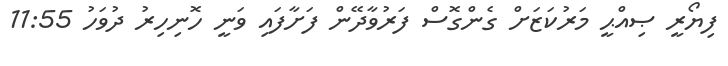
ފިޔޯރީ ޞިއްޙީ މަރުކަޒަށް ގެންގޮސް ފަރުވާދޭން ފަށާފައި ވަނީ ހޮނިހިރު ދުވަހު 11:55